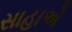
સાહાએ